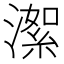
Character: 㵖